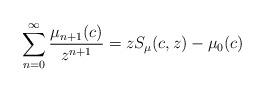
LaTeX: \begin{align*}\sum\limits_{n=0}^{\infty}\frac{\mu_{n+1}(c) }{z^{n+1}}=zS_{\mu}(c,z)-\mu_{0}(c) \end{align*}